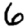
Digit: 6